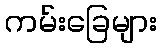
ကမ်းခြေများ